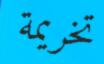
تخريمة